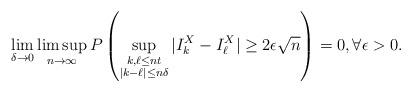
LaTeX: \begin{align*} \lim_{\delta \to 0} \limsup_{n\to\infty} P\left( \sup_{\substack{k,\ell \leq nt \\|k-\ell|\leq n\delta}} |I^X_k - I^X_\ell| \geq 2 \epsilon \sqrt{n} \right) = 0, \forall \epsilon>0. \end{align*}